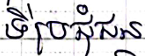
ទីប្រជុំជន